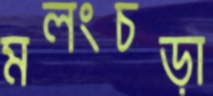
মলংচড়া